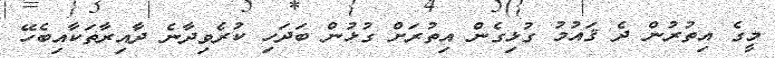
މީގެ އިތުރުން ދެ ޤައުމު ގުޅިގެން އިތުރަށް ގުޅުން ބަދަހި ކުރެވިދާނެ ދާއިރާތަކާއިބެހޭ